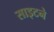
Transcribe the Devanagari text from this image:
साइटने